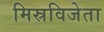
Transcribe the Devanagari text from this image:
मिस्रविजेता